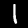
Digit: 1